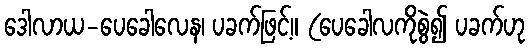
ဒေါလာယ-ပေခေါလေန၊ ပခက်ဖြင့်။ (ပေခေါလကိုစွဲ၍ ပခက်ဟု